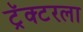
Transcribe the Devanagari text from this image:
ट्रॅक्टरला